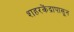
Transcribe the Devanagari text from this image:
शहरकेंद्रापासून